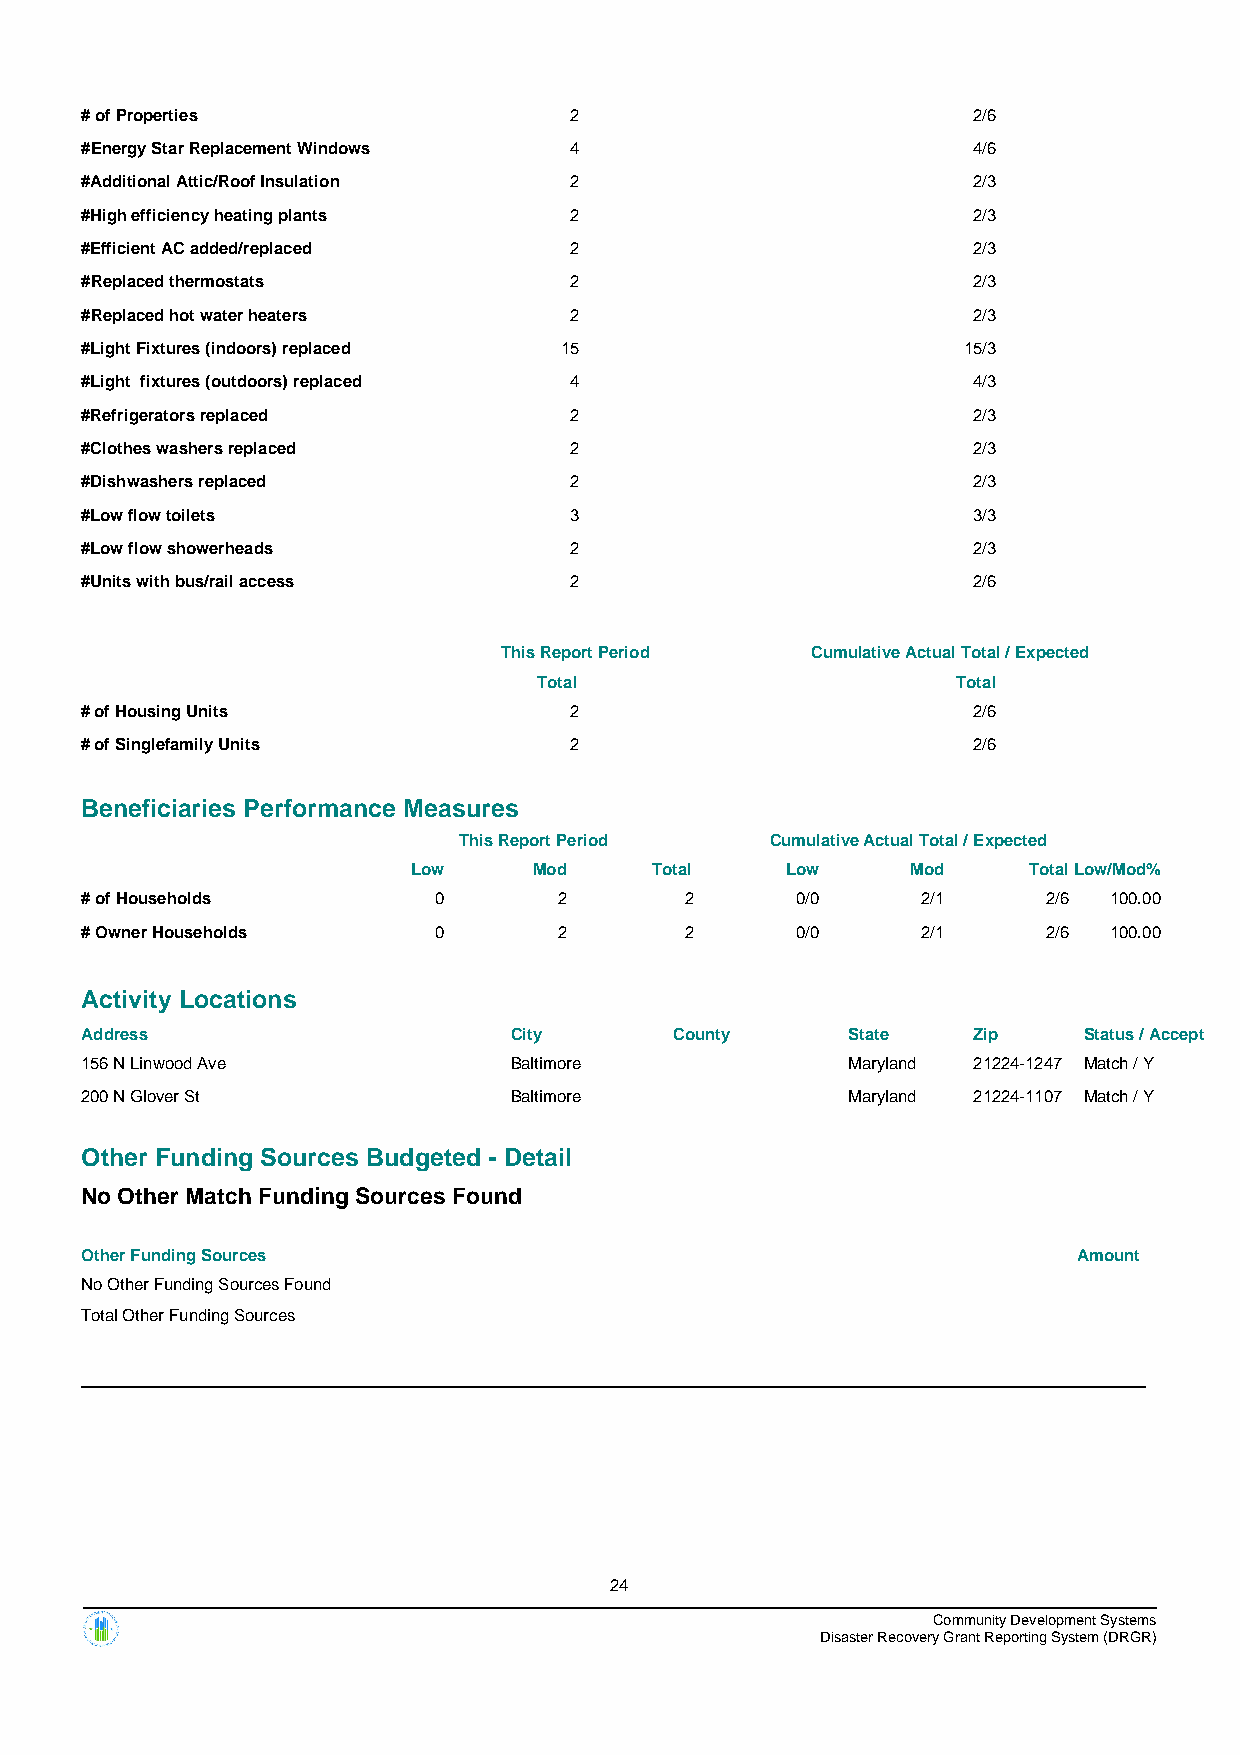
# of Properties                  2                         2/6
 #Energy Star Replacement Windows 4                         4/6
 #Additional Attic/Roof Insulation 2                        2/3
 #High efficiency heating plants  2                         2/3
 #Efficient AC added/replaced     2                         2/3
 #Replaced thermostats            2                         2/3
 #Replaced hot water heaters      2                         2/3
 #Light Fixtures (indoors) replaced 15                      15/3
 #Light fixtures (outdoors) replaced 4                      4/3
 #Refrigerators replaced          2                         2/3
 #Clothes washers replaced        2                         2/3
 #Dishwashers replaced            2                         2/3
 #Low flow toilets                3                         3/3
 #Low flow showerheads            2                         2/3
 #Units with bus/rail access      2                         2/6
 This Report Period   Cumulative Actual Total / Expected
 Total                      Total
 # of Housing Units               2                         2/6
 # of Singlefamily Units          2                         2/6
 Beneficiaries Performance Measures
 This Report Period   Cumulative Actual Total / Expected
 Low     Mod     Total    Low     Mod     TotalLow/Mod%
 # of Households         0       2       2       0/0     2/1     2/6 100.00
 # Owner Households      0       2       2       0/0     2/1     2/6 100.00
 Activity Locations
 Address                      City       County     State   Zip     Status / Accept
 156 N Linwood Ave            Baltimore             Maryland 21224-1247 Match / Y
 200 N Glover St              Baltimore             Maryland 21224-1107 Match / Y
 Other Funding Sources Budgeted - Detail
 No Other Match Funding Sources Found
 Other Funding Sources                                             Amount
 No Other Funding Sources Found
 Total Other Funding Sources
 24
 Community Development Systems
 Disaster Recovery Grant Reporting System (DRGR)